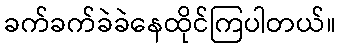
ခက်ခက်ခဲခဲနေထိုင်ကြပါတယ်။